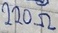
Text: 220Ω